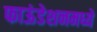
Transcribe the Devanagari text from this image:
फाऊंडेशनमध्ये